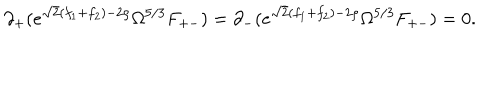
\partial _ { + } ( e ^ { \sqrt { 2 } ( f _ { 1 } + f _ { 2 } ) - 2 \rho } \Omega ^ { 5 / 3 } F _ { + - } ) = \partial _ { - } ( e ^ { \sqrt { 2 } ( f _ { 1 } + f _ { 2 } ) - 2 \rho } \Omega ^ { 5 / 3 } F _ { + - } ) = 0 .